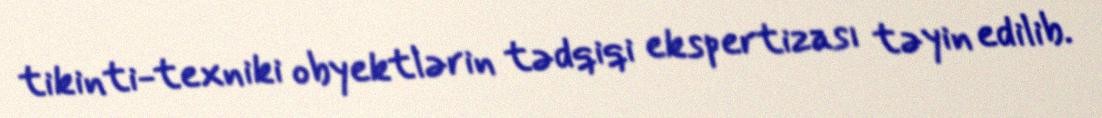
tikinti-texniki obyektlərin tədqiqi ekspertizası təyin edilib.